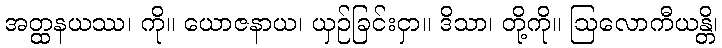
အတ္ထနယဿ၊ ကို။ ယောဇနာယ၊ ယှဉ်ခြင်းငှာ။ ဒိသာ၊ တို့ကို။ ဩလောကီယန္တိ၊